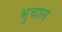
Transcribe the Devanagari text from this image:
भुचाल